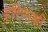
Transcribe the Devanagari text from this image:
हरिणाक्षी